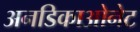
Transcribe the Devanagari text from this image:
अनडिकाओनेट